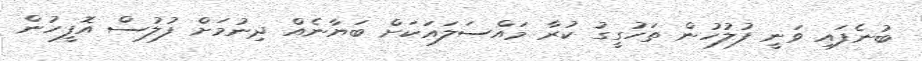
ބުނެފައި ވަނީ ފުލުހުން ތަހުގީގު ކުރާ މައްސަލައަކަށް ބަޔާނެއް ދިނުމަށް ފުލުސް އޮފީހުން